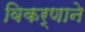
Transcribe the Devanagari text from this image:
विकर्णाने